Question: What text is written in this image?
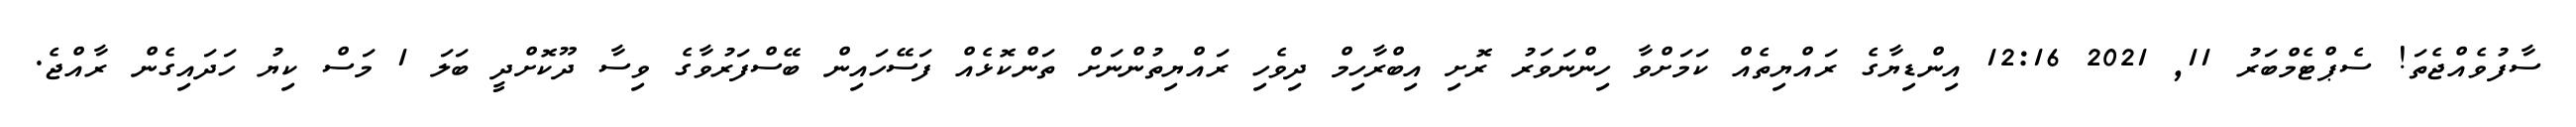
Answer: ސާފުވެއްޖެތަ! ސެޕްޓެމްބަރު 11, 2021 12:16 އިންޑިޔާގެ ރައްޔިތެއް ކަމަށްވާ ހިންނަވަރު ރޮށި އިބްރާހިމް ދިވެހި ރައްޔިތުންނަށް ތަންކޮޅެއް ފަސޭހައިން ބޭސްފަރުވާގެ ވިސާ ދޫކޮށްދީ ބަލަ 1 މަސް ކިޔު ހަދައިގެން ރާއްޖެ.